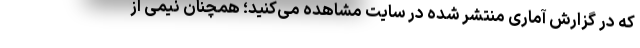
که در گزارش آماری منتشر شده در سایت مشاهده می‌کنید؛ همچنان نیمی از